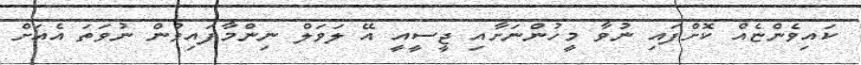
ކައިވެންޏެއް ކޮށްފައި ނުވާ މީހުންނަށާއި ޖީސީއީ އޭ ލަވަލް ނިންމާފައިވުން ނުވަތަ އެއަށް